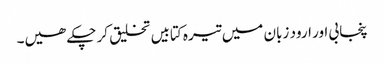
پنجابی اور ارود زبان میں تیرہ کتابیں تخلیق کر چکے ھیں۔